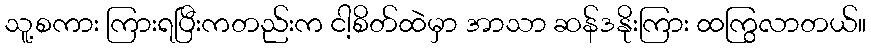
သူ့စကား ကြားရပြီးကတည်းက ငါ့စိတ်ထဲမှာ အာသာ ဆန်ဒနိုးကြား ထကြွလာတယ်။